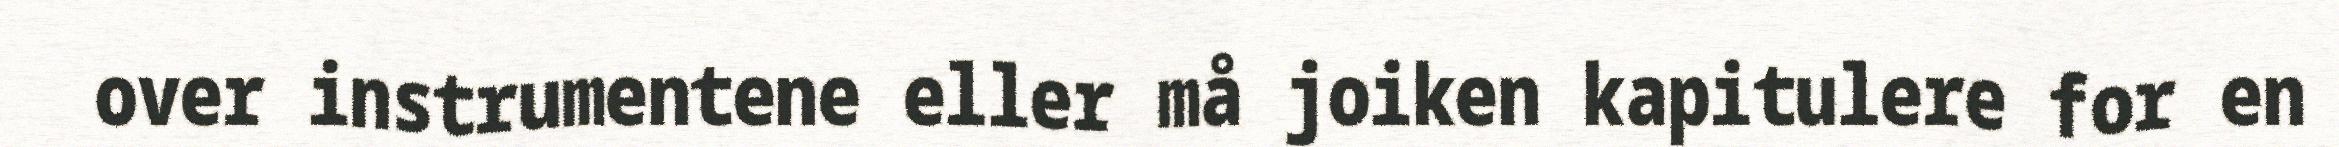
over instrumentene eller må joiken kapitulere for en